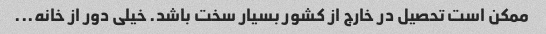
ممکن است تحصیل در خارج از کشور بسیار سخت باشد. خیلی دور از خانه...